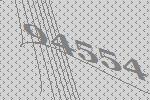
94554